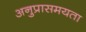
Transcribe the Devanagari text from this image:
अनुप्रासमयता